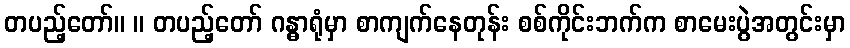
တပည့်တော်။ ။ တပည့်တော် ဂန္ဓာရုံမှာ စာကျက်နေတုန်း စစ်ကိုင်းဘက်က စာမေးပွဲအတွင်းမှာ